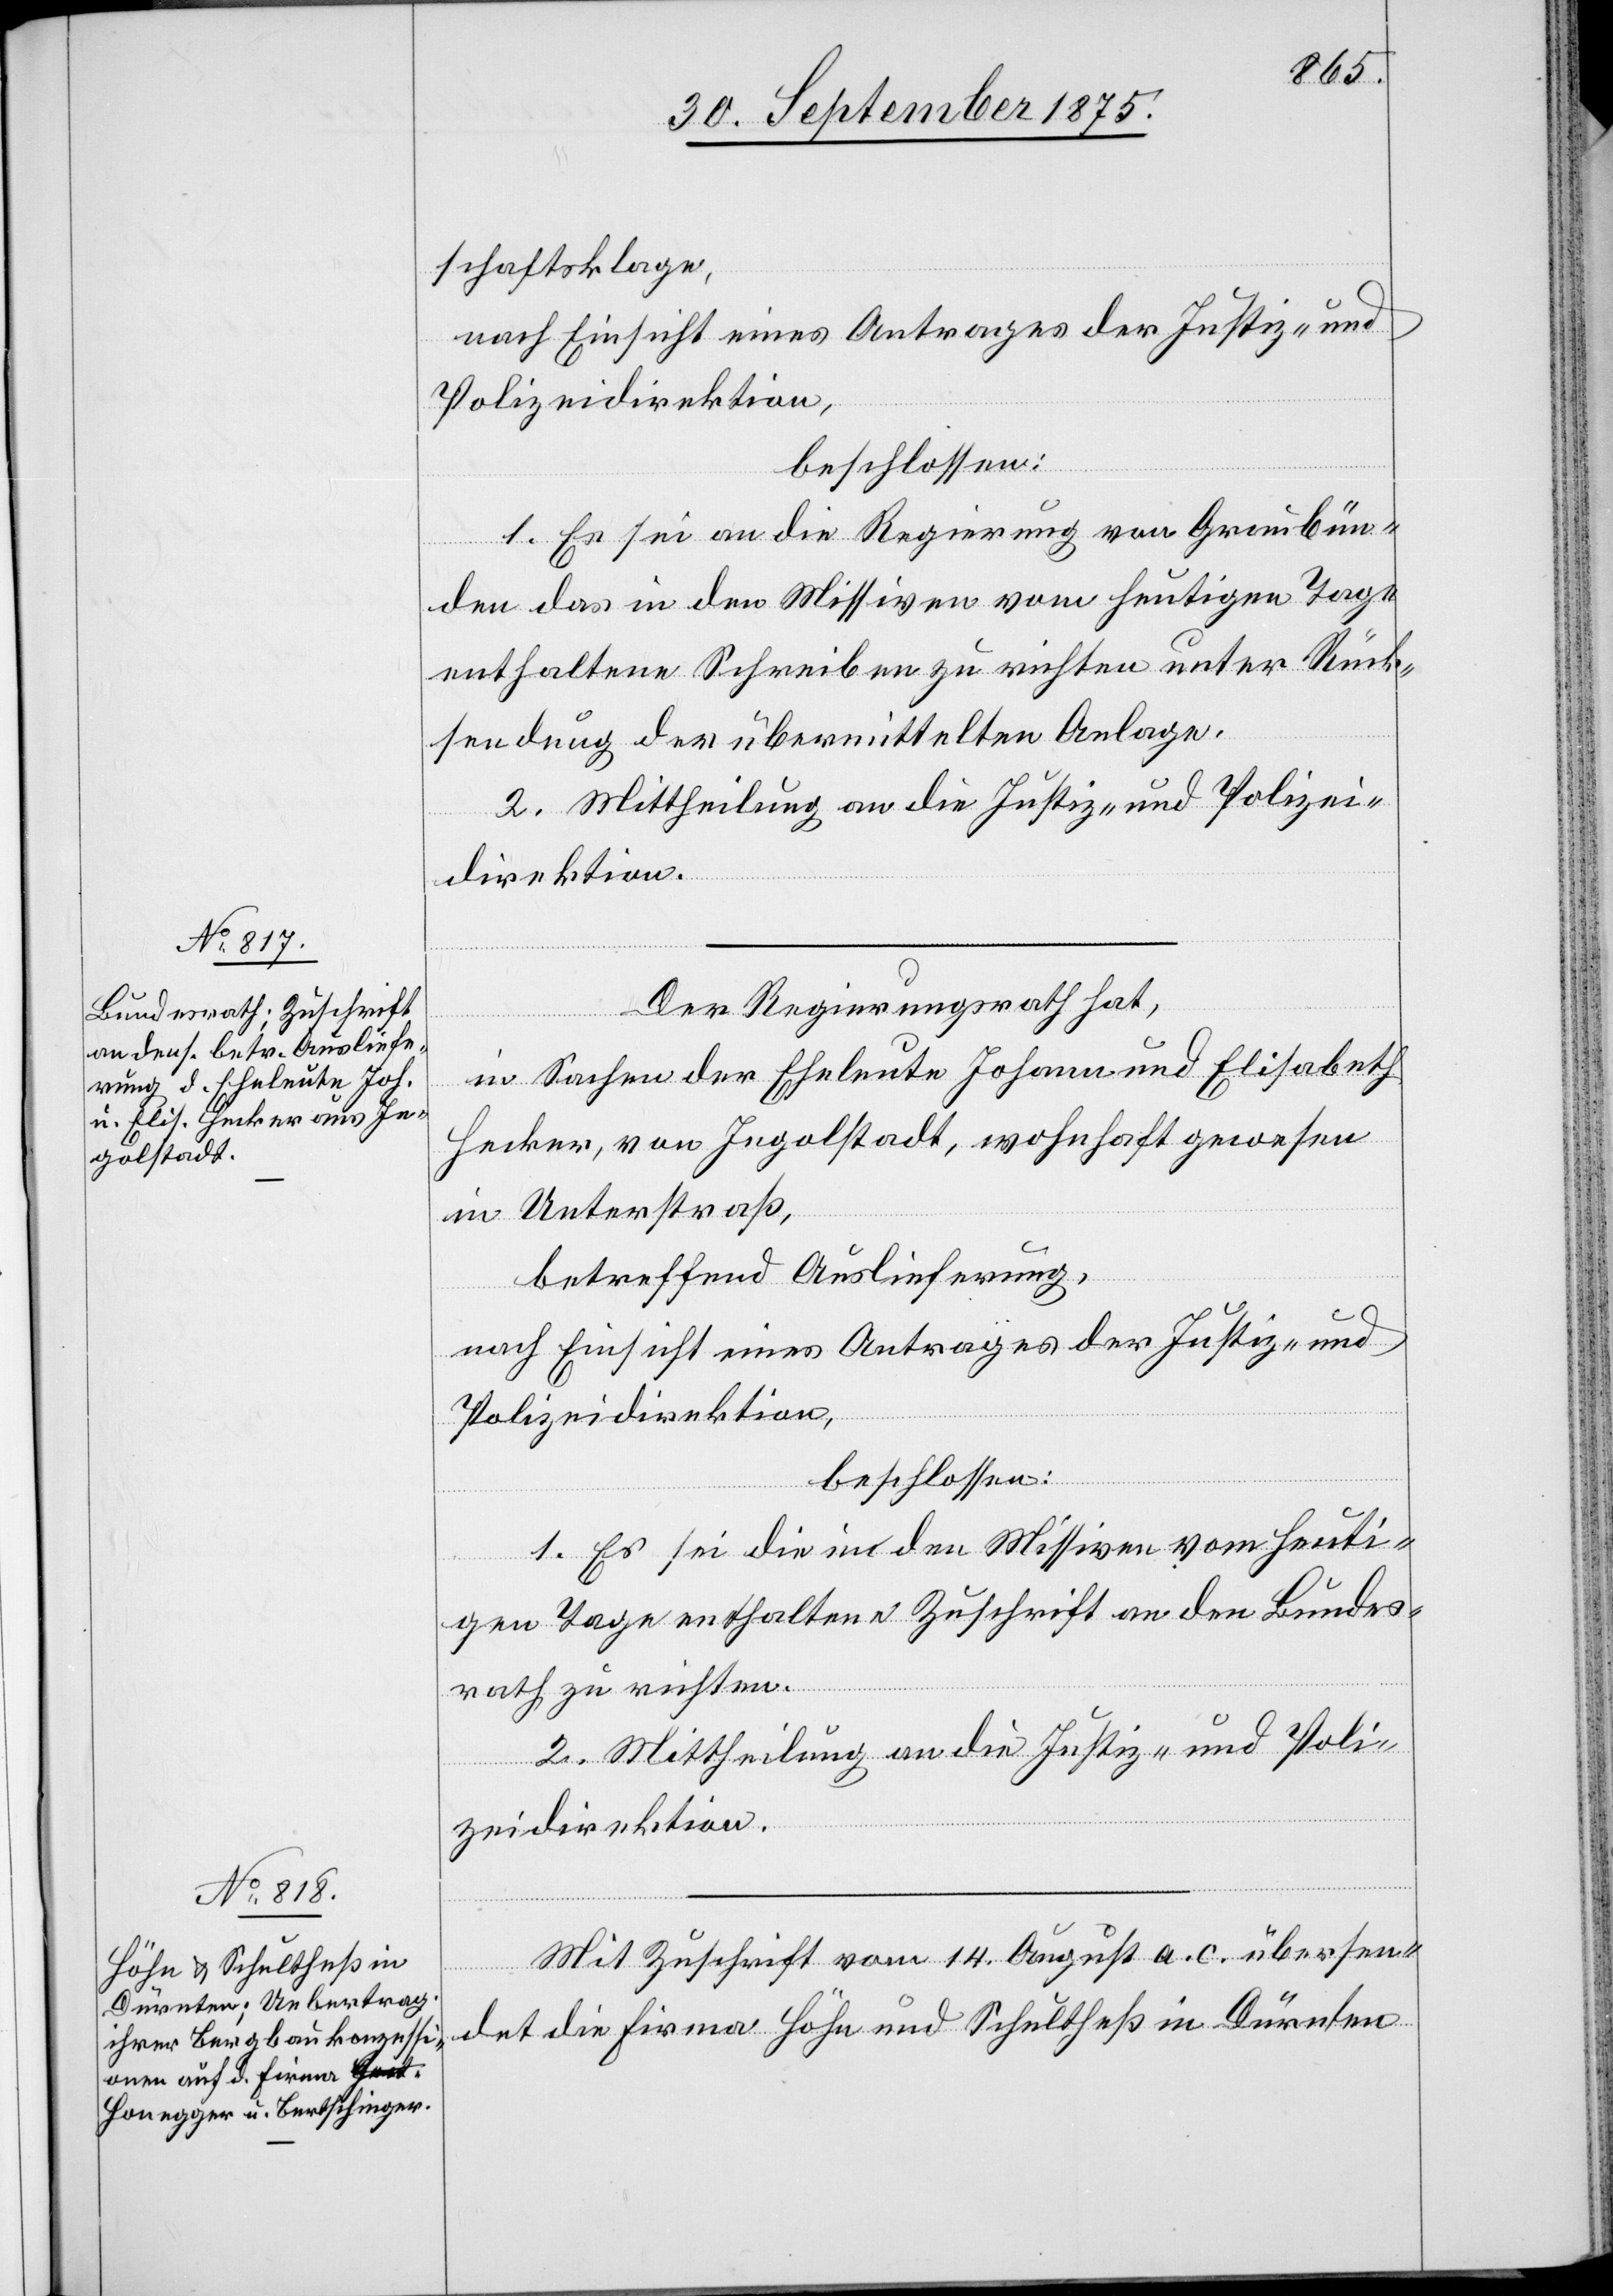
schaftsklage
nach Einsicht eines Antrages der Justiz- und
Polizeidirektion,
beschlossen:
1. Es sei an die Regierung von Graubün¬
den das in den Missiven vom heutigen Tage
enthaltene Schreiben zu richten unter Rück¬
sendung der übermittelten Anlage.
2. Mittheilung an die Justiz- und Polizei¬
direktion.
Der Regierungsrath hat,
in Sachen der Eheleute Johann und Elisabeth
Hecker, von Ingolstadt, wohnhaft gewesen
in Unterstraß,
betreffend Auslieferung,
nach Einsicht eines Antrages der Justiz- und
Polizeidirektion,
beschlossen:
1. Es sei die in den Missiven vom heuti¬
gen Tage enthaltene Zuschrift an den Bundes¬
rath zu richten.
2. Mittheilung an die Justiz- und Poli¬
zeidirektion.
Mit Zuschrift vom 14. August a. c. übersen¬
det die Firma Höhn und Schultheß in Dürnten